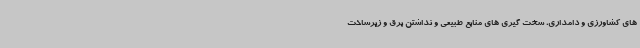
های کشاورزی و دامداری، سخت گیری های منابع طبیعی و نداشتن برق و زیرساخت